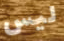
ليس